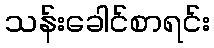
သန်းခေါင်စာရင်း